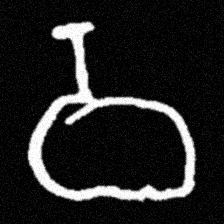
Pyu character \u2014 Myanmar letter: ဝ (romanized: wa)